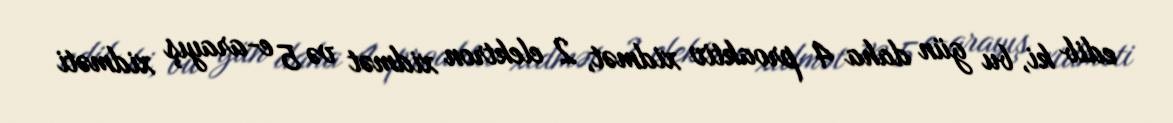
edib ki, bu gün daha 4 proaktiv xidmət, 2 elektron xidmət və 5 e-arayış xidməti